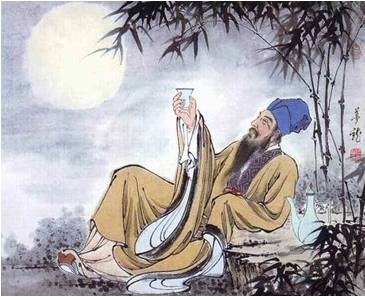
齐唱宪王春乐府，金梁桥外月如霜。